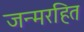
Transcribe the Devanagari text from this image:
जन्मरहित